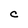
Character: C